NAE_ERA_R-1665_Eesti_Kunstnike_Liit, lk 96
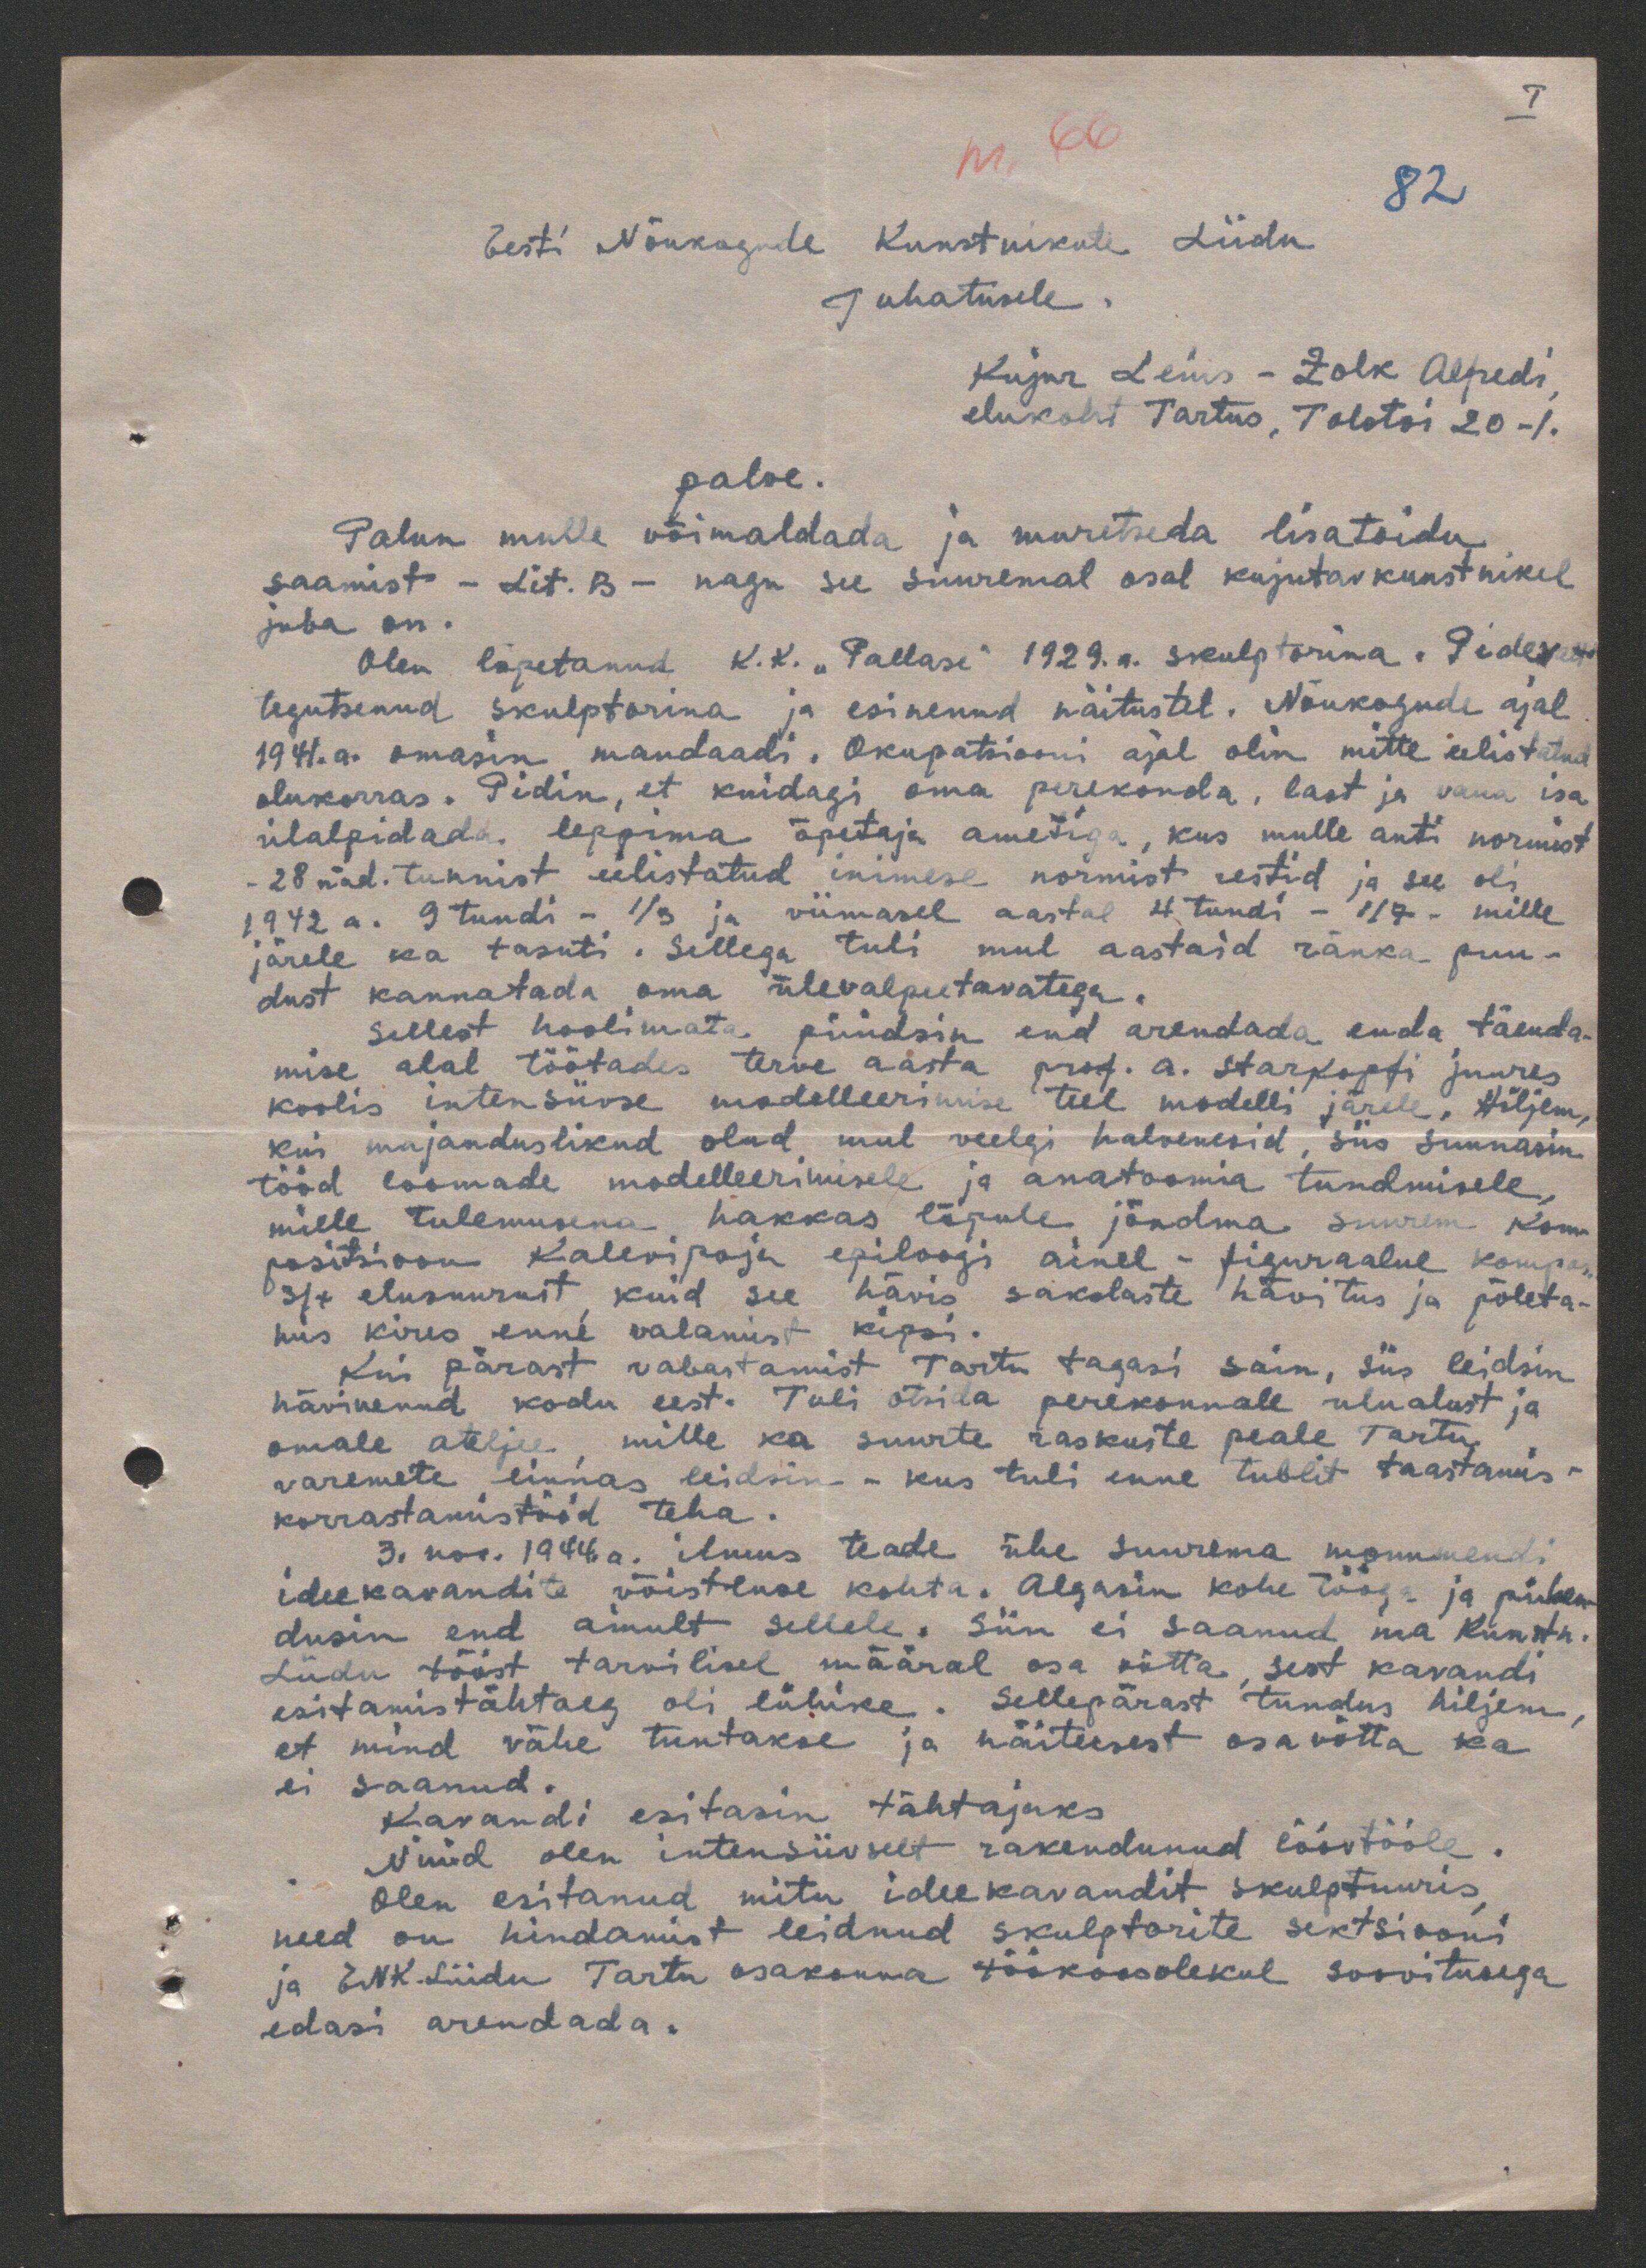
I

82

nr. 66
Eesti Nõukogude Kunstnikute Liidu
Juhatusele.
Kujur Leius - Zolk Alfredi,
elukoht Tartus, Tolstoi 20-1.
palve.
Palun mulle võimaldada ja muretseda lisatoidu
saamist - Lit. B - nagu see suuremal osal kujutavkunstnikel
juba on.
Olen lõpetanud K.K. "Pallase" 1929.a. skulptorina. Pidevalt
tegutsenud skulptorina ja esinenud näitustel. Nõukogude ajal
1941. a. omasin mandaadi. Okupatsiooni ajal olin mitte eelistatud
olukorras. Pidin, et kuidagi oma perekonda, last ja vana isa
ülalpidada, leppima õpetaja ametiga, kus mulle anti normist
- 28 näd. tunnist eelistatud inimese normist restid ja see oli
1942 a. 9 tundi - 1/3 ja viimasel aastal 4 tundi - 1/7 - mille
järele ka tasuti. Sellega tuli mul aastaid ränka puu-
dust kannatada oma ülevalpeetavatega.
Sellest hoolimata püüdsin end arendada enda täenda-
mise alal töötades terve aasta prof. A. Starkopfi juures
koolis intensiivse modelleerimise teel modelli järele. Hiljem,
kui majanduslikud olud mul veelgi halvenesid, siis suunasin
tööd loomade modelleerimisele ja anatoomia tundmisele,
mille tulemusena hakkas lõpule jõudma suurem kom-
positsioon Kalevipoja epiloogi ainel - figuraalne kompos.
3/4 elusuurust, kuid see hävis sakslaste hävitus ja põleta-
mis kires enne valamist kipsi.
Kui pärast vabastamist Tartu tagasi sain, siis leidsin
hävinenud kodu eest. Tuli otsida perekonnale ulualust ja
omale ateljee, mille ka suurte raskuste peale Tartu
varemete linnas leidsin - kus tuli enne tublit taastamis-
korrastamistööd teha.
3. nov. 1944.a. ilmus teade ühe suurema monumendi
ideekavandite võistluse kohta. Algasin kohe tööga ja pühen-
dusin end ainult sellele. Siin ei saanud ma Kunstn.
Liidu tööst tarvilisel määral osa võtta, sest kavandi
esitamistähtaeg oli lühike. Sellepärast tundus hiljem,
et mind vähe tuntakse ja näitusest osa võtta ka
ei saanud.
Kavandi esitasin tähtajaks
Nüüd olen intensiivselt rakendunud löövtööle.
Olen esitanud mitu ideekavandit skulptuuris,
need on hindamist leidnud skulptorite sektsiooni
ja ENK Liidu Tartu osakonna töökoosolekul soovitusega
edasi arendada.